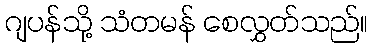
ဂျပန်သို့ သံတမန် စေလွှတ်သည်။